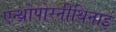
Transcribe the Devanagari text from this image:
एन्थ्रोपोरनीथिनाई